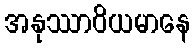
အနုဿာဝိယမာနေ